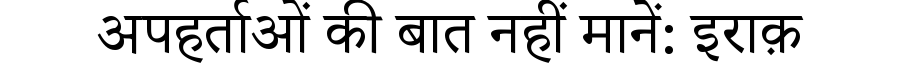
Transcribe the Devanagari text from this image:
अपहर्ताओं की बात नहीं मानें: इराक़